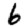
Digit: 6